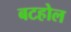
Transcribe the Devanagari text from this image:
बटहोल